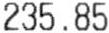
235.85